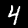
Label: 4